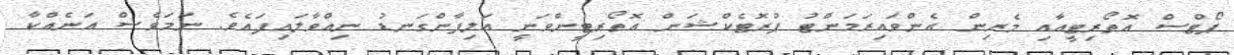
ޕޯޓްސް އޮތޯރިޓީއާއި މެރިން އެންވައިރަމަންޓު ޕުރޮޓެކްޝަން އޮތޯރިޓީންވަނީ އަލިފާންގަނޑު ނިއްވާލައިފައެވެ. ނަމަވެސް އަނެއްކާ